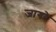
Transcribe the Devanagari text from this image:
जागरे